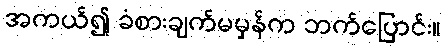
အကယ်၍ ခံစားချက်မမှန်က ဘက်ပြောင်း။